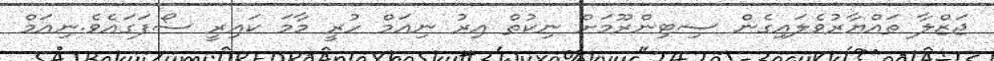
ޖަޒްލާ ތައްޔާރުވެލައިގެން ސިޓިންރޫމަށް ނިކުތް އިރު ނިއަމް ހުރީ މާމަ ކައިރީ ސޯފަގައެވެ.ނިއަމް